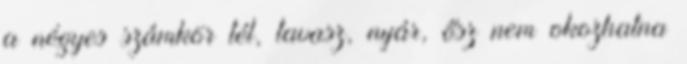
a négyes számkör tél, tavasz, nyár, ősz nem okozhatna